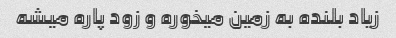
زیاد بلنده به زمین میخوره و زود پاره میشه